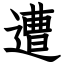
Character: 遭